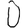
Digit: 0